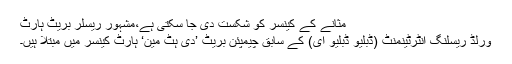
مثانے کے کینسر کو شکست دی جا سکتی ہے،مشہور ریسلر بریٹ ہارٹ
ورلڈ ریسلنگ انٹرٹینمنٹ (ڈبلیو ڈبلیو ای) کے سابق چیمپئن بریٹ ’دی ہٹ مین‘ ہارٹ کینسر میں مبتلا ہیں۔